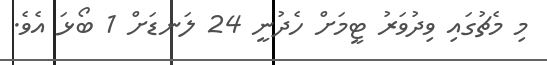
މި މެޗުގައި ވިދުވަރު ޓީމަށް ހެދުނީ 24 ލަނޑަށް 1 ބޯޅަ އެވެ.